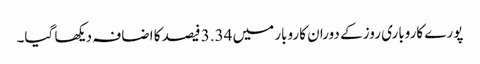
پورے کاروباری روز کے دوران کاروبار میں 3.34 فیصد کا اضافہ دیکھا گیا۔